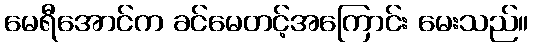
မေရီအောင်က ခင်မေတင့်အကြောင်း မေးသည်။